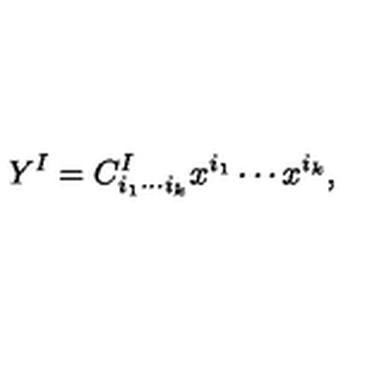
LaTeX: Y ^ { I } = C _ { i _ { 1 } \cdots i _ { k } } ^ { I } x ^ { i _ { 1 } } \cdots x ^ { i _ { k } } ,